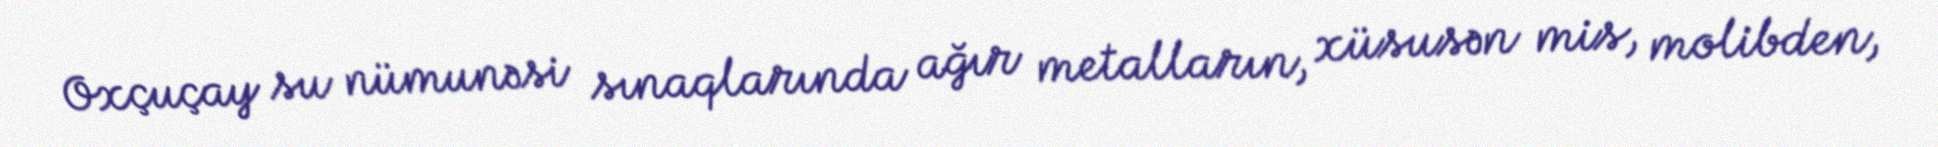
Oxçuçay su nümunəsi sınaqlarında ağır metalların, xüsusən mis, molibden,